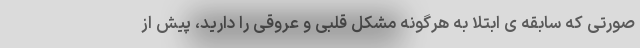
صورتی که سابقه ی ابتلا به هرگونه مشکل قلبی و عروقی را دارید، پیش از